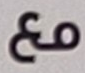
مع